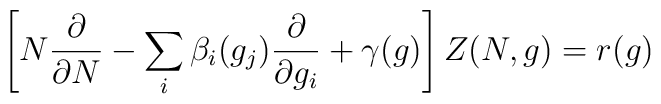
\left[N{\partial\over\partial N} - \sum_i\beta_i( g_j){\partial\over\partial g_i}+ \gamma(g)\right] Z(N,g) = r(g)